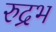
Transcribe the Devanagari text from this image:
रुद्रभ